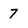
Character: 7